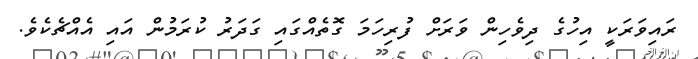
ރައިވަރަކީ އިހުގެ ދިވެހިން ވަރަށް ފުރިހަމަ ގޮތެއްގައި ގަދަރު ކުރަމުން އައި އެއްޗެކެވެ.